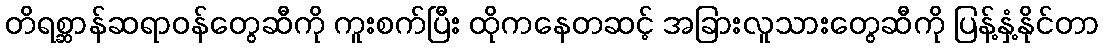
တိရစ္ဆာန်ဆရာဝန်တွေဆီကို ကူးစက်ပြီး ထိုကနေတဆင့် အခြားလူသားတွေဆီကို ပြန့်နှံ့နိုင်တာ